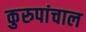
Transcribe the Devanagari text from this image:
कुरुपांचाल